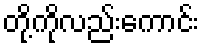
တို့ကိုလည်းကောင်း